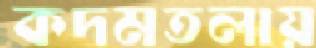
কদমতলায়